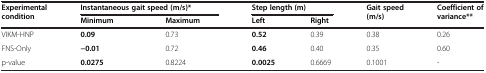
<table><thead><tr><td rowspan="2"><b>Experimental condition</b></td><td colspan="2"><b>Instantaneous gait speed (m/s)*</b></td><td colspan="2"><b>Step length (m)</b></td><td rowspan="2"><b>Gait speed (m/s)</b></td><td rowspan="2"><b>Coefficient of variance**</b></td></tr><tr><td><b>Minimum</b></td><td><b>Maximum</b></td><td><b>Left</b></td><td><b>Right</b></td></tr></thead><tbody><tr><td>VIKM-HNP</td><td><b>0.09</b></td><td>0.73</td><td><b>0.52</b></td><td>0.39</td><td>0.38</td><td>0.26</td></tr><tr><td>FNS-Only</td><td><b>−0.01</b></td><td>0.72</td><td><b>0.46</b></td><td>0.40</td><td>0.35</td><td>0.60</td></tr><tr><td>p-value</td><td><b>0.0275</b></td><td>0.8224</td><td><b>0.0025</b></td><td>0.6669</td><td>0.1001</td><td>-</td></tr></tbody></table>